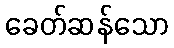
ခေတ်ဆန်သော